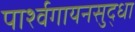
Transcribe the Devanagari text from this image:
पार्श्वगायनसुद्धा